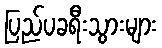
ပြည်ပခရီးသွားများ